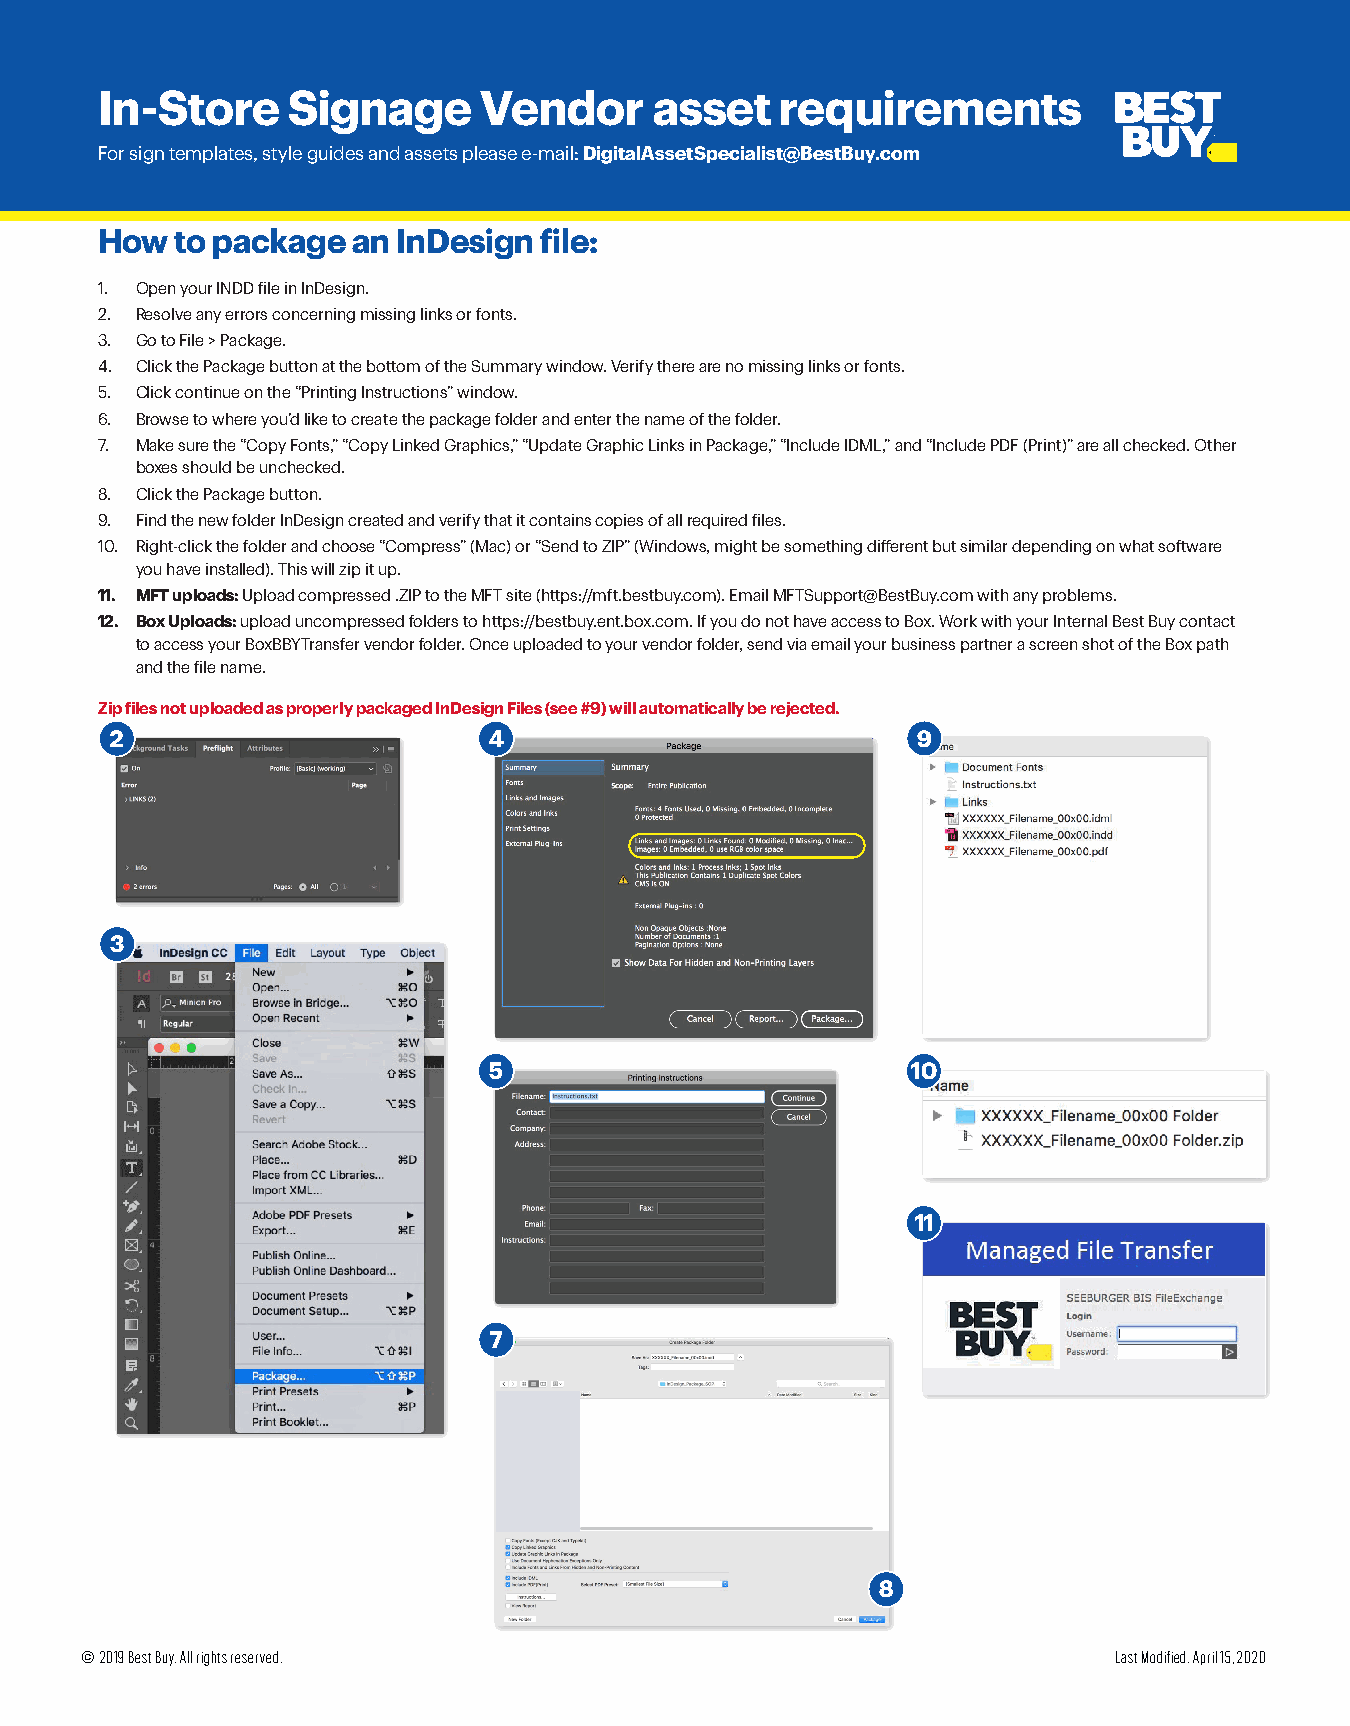
In-Store     Signage      Vendor     asset    requirements
 For sign templates, style guides and assets please e-mail: DigitalAssetSpecialist@BestBuy.com
 How   to package an InDesign  file:
 1. Open your INDD file in InDesign.
 2. Resolve any errors concerning missing links or fonts.
 3. Go to File > Package.
 4. Click the Package button at the bottom of the Summary window. Verify there are no missing links or fonts.
 5. Click continue on the “Printing Instructions” window.
 6. Browse to where you’d like to create the package folder and enter the name of the folder.
 7. Make sure the “Copy Fonts,” “Copy Linked Graphics,” “Update Graphic Links in Package,” “Include IDML,” and “Include PDF (Print)” are all checked. Other
 boxes should be unchecked.
 8. Click the Package button.
 9. Find the new folder InDesign created and verify that it contains copies of all required files.
 10. Right-click the folder and choose “Compress” (Mac) or “Send to ZIP” (Windows, might be something different but similar depending on what software
 you have installed). This will zip it up.
 11. MFT uploads: Upload compressed .ZIP to the MFT site (https://mft.bestbuy.com). Email MFTSupport@BestBuy.com with any problems.
 12. Box Uploads: upload uncompressed folders to https://bestbuy.ent.box.com. If you do not have access to Box. Work with your Internal Best Buy contact
 to access your BoxBBYTransfer vendor folder. Once uploaded to your vendor folder, send via email your business partner a screen shot of the Box path
 and the file name.
 Zip files not uploaded as properly packaged InDesign Files (see #9) will automatically be rejected.
 2                        4                            9
 3
 5                           10
 11
 7
 8
 © 2019 Best Buy. All rights reserved.                                Last Modified: April 15, 2020